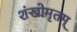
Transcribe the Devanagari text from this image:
शंखोमृतम्